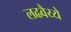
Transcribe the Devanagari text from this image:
लढवैय्ये